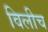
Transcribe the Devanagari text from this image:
विलीच